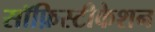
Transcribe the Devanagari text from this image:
सॉफ़िस्टीकेशन